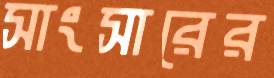
সাংসারের